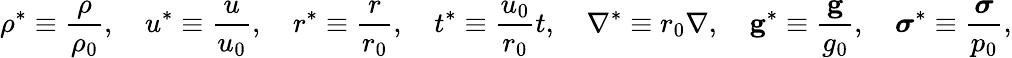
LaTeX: \rho^{*}\equiv{\frac{\rho}{\rho_{0}}},\quad u^{*}\equiv{\frac{u}{u_{0}}},\quad r^{*}\equiv{\frac{r}{r_{0}}},\quad t^{*}\equiv{\frac{u_{0}}{r_{0}}}t,\quad\nabla^{*}\equiv r_{0}\nabla,\quad\mathbf{g}^{*}\equiv{\frac{\mathbf{g}}{g_{0}}},\quad{\boldsymbol{\sigma}}^{*}\equiv{\frac{\boldsymbol{\sigma}}{p_{0}}},